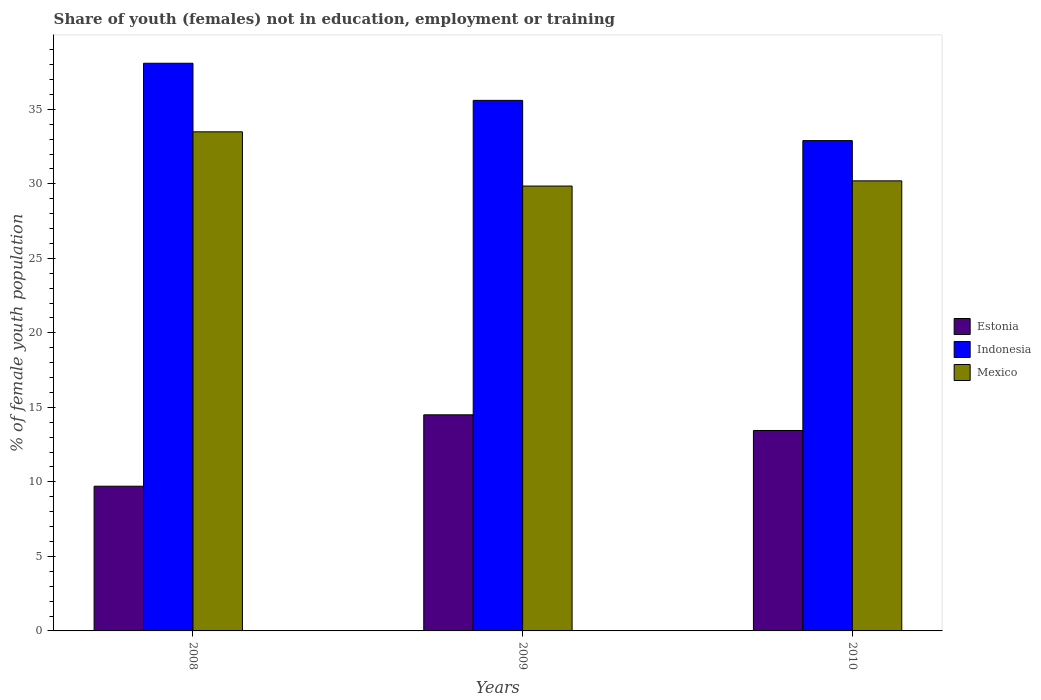
| Years | Estonia | Indonesia | Mexico |
 | --- | --- | --- | --- |
 | 2008 | 9.71 | 38.1 | 33.5 |
 | 2009 | 14.5 | 35.6 | 29.9 |
 | 2010 | 13.4 | 32.9 | 30.2 |